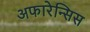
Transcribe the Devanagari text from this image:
अफारेन्सिस